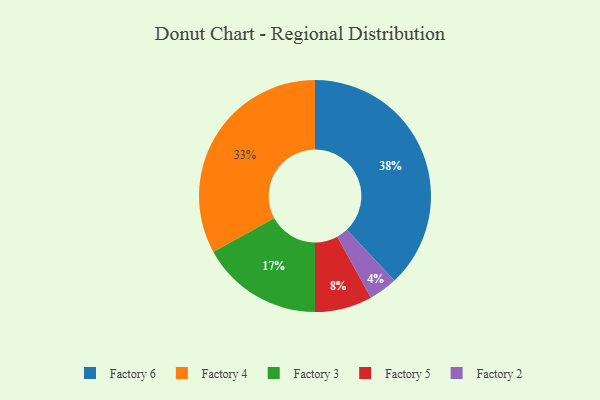
{"axis": {"x": "Category", "y": "Percentage"}, "legend": ["Factory 2", "Factory 3", "Factory 4", "Factory 5", "Factory 6"], "data": [{"x": "Factory 6", "y": 38, "type": "Factory 6"}, {"x": "Factory 3", "y": 17, "type": "Factory 3"}, {"x": "Factory 5", "y": 8, "type": "Factory 5"}, {"x": "Factory 4", "y": 33, "type": "Factory 4"}, {"x": "Factory 2", "y": 4, "type": "Factory 2"}]}